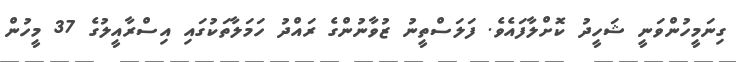
ގިނަމީހުންވަނީ ޝަހީދު ކޮށްލާފައެވެ. ފަލަސްތީނު ޒުވާނުންގެ ރައްދު ހަމަލާތަކުގައި އިސްރާއީލުގެ 37 މީހުން